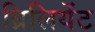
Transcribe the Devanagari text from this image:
ब्रिलियेंट